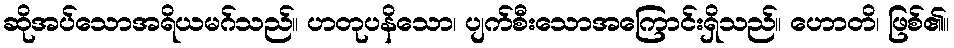
ဆိုအပ်သောအရိယမဂ်သည်။ ဟတုပနိသော၊ ပျက်စီးသောအကြောင်းရှိသည်။ ဟောတိ၊ ဖြစ်၏။